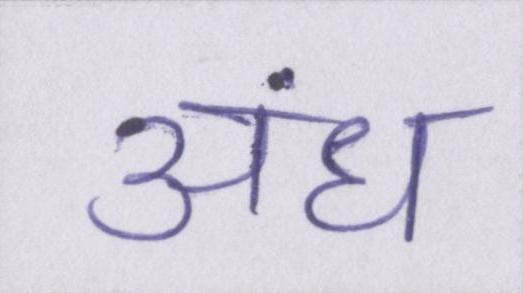
अंध